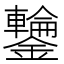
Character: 𮣣